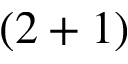
( 2 + 1 )